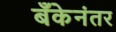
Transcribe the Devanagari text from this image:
बँकेनंतर